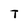
Character: T